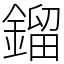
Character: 鎦